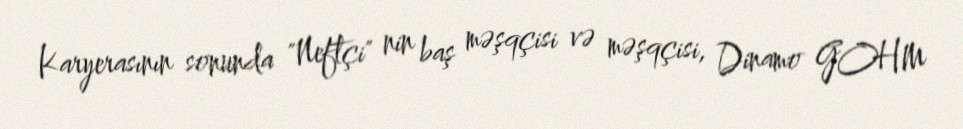
Karyerasının sonunda "Neftçi" nin baş məşqçisi və məşqçisi, Dinamo GOHM